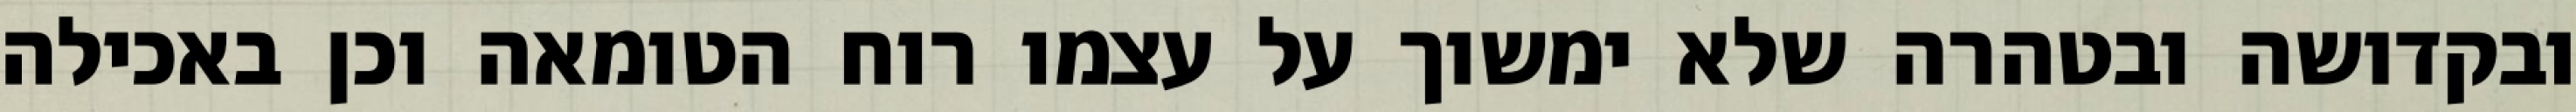
ובקדושה ובטהרה שלא ימשוך על עצמו רוח הטומאה וכן באכילה